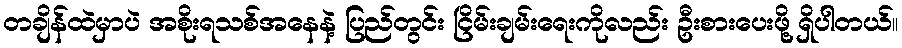
တချိန်ထဲမှာပဲ အစိုးရသစ်အနေနဲ့ ပြည်တွင်း ငြိမ်းချမ်းရေးကိုလည်း ဦးစားပေးဖို့ ရှိပါတယ်။